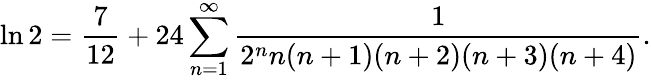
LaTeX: \ln 2={\frac{7}{12}}+24\sum_{n=1}^{\infty}{\frac{1}{2^{n}n(n+1)(n+2)(n+3)(n+4)}}.